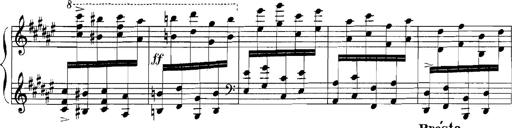
Title: Rhapsodies hongroises
Composer: Franz Liszt